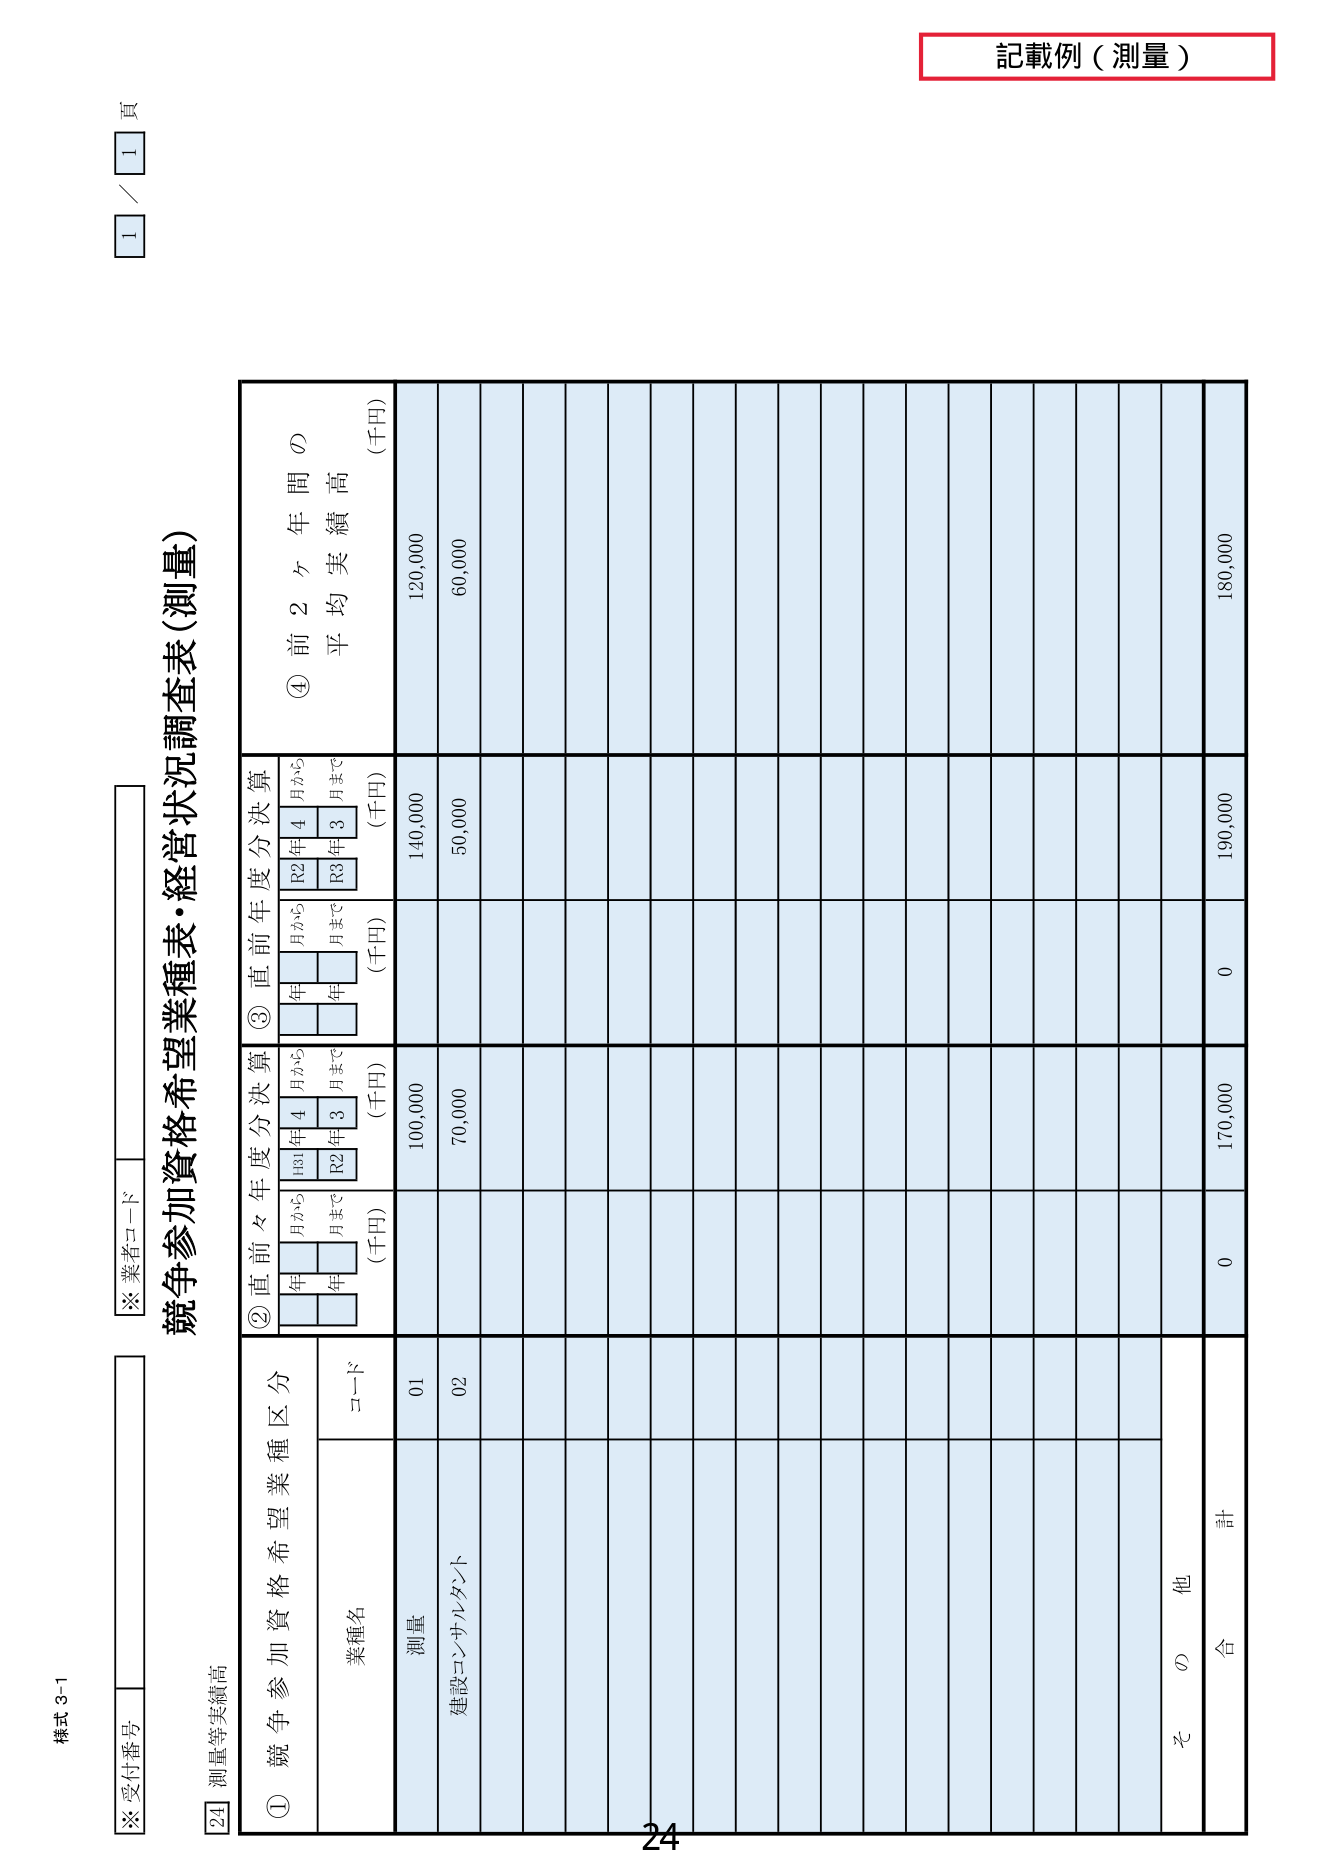
記載例（測量）

様式 3-1

※受付番号

※業者コード

競争参加資格希望業種表・経営状況調査表（測量）

24 測量等実績高

① 競争参加資格希望業種区分

業種名

コード

② 直前々年度分決算

③ 直前年度分決算

④ 前2ヶ年間の平均実績高（千円）

年 月から

年 月まで

（千円）

年 月から

年 月まで

（千円）

年 月から

年 月まで

（千円）

R3年4月から

R2年3月まで

R2年4月から

R3年3月まで

測量

01

100,000

140,000

120,000

建設コンサルタント

02

70,000

50,000

60,000

その他

合計

0

170,000

0

190,000

180,000

1 / 1 頁

24